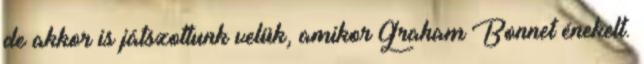
de akkor is játszottunk velük, amikor Graham Bonnet énekelt.